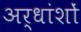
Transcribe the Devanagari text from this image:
अर्धांशों